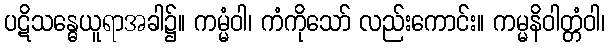
ပဋိသန္ဓေယူရာအခါ၌။ ကမ္မံဝါ၊ ကံကိုသော် လည်းကောင်း။ ကမ္မနိဝါတ္တံဝါ၊